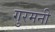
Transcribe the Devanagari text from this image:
गुरमनी